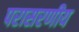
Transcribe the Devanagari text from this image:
परासरणीय